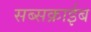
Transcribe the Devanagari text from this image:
सब्सक्राईब